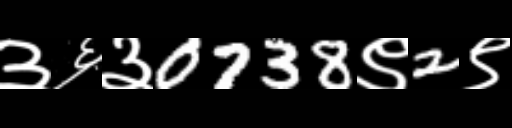
Text: ३६३0738९2९